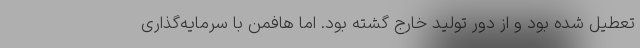
تعطیل شده بود و از دور تولید خارج گشته بود. اما هافمن با سرمایه‌گذاری